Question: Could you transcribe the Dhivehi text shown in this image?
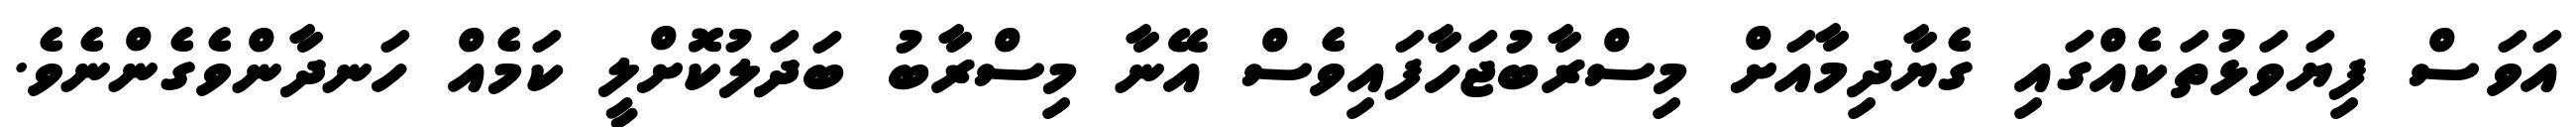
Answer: އަވަސް ފިޔަވަޅުތަކެއްގައި ގެޔާދިމާއަށް މިސްރާބުޖަހާފައިވެސް އޭނާ މިސްރާބު ބަދަލުކޮށްލީ ކަމެއް ހަނދާންވެގެންނެވެ.